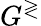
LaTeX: G^{\gtrless}